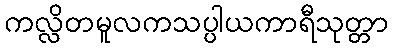
ကလ္လိတမူလကသပ္ပါယကာရီသုတ္တာ